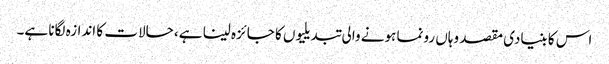
اس کا بنیادی مقصد وہاں رونما ہونے والی تبدیلیوں کا جائزہ لینا ہے، حالات کا اندازہ لگانا ہے۔